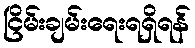
ငြိမ်းချမ်းရေးရရှိရန်